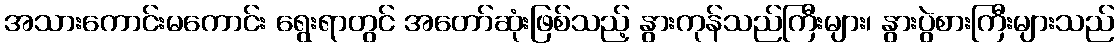
အသားကောင်းမကောင်း ရွေးရာတွင် အတော်ဆုံးဖြစ်သည့် နွားကုန်သည်ကြီးများ၊ နွားပွဲစားကြီးများသည်